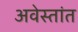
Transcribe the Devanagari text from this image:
अवेस्तांत